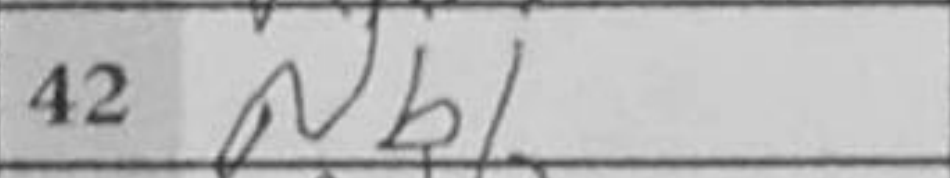
Transcription: Nb1